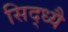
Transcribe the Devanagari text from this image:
सिद्ध्यै